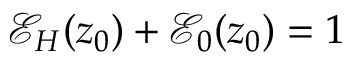
\mathcal { E } _ { H } ( z _ { 0 } ) + \mathcal { E } _ { 0 } ( z _ { 0 } ) = 1